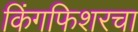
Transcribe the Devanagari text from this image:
किंगफिशरचा